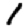
Digit: 1